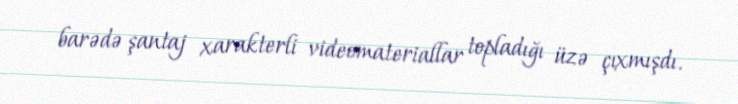
barədə şantaj xarakterli videomateriallar topladığı üzə çıxmışdı.